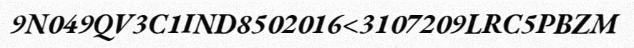
9N049QV3C1IND8502016<3107209LRC5PBZM